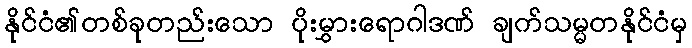
နိုင်ငံ၏တစ်ခုတည်းသော ပိုးမွှားရောဂါဒဏ် ချက်သမ္မတနိုင်ငံမှ